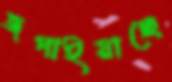
জপাইয়াছে